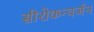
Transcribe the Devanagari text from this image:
सीरोकन्वर्जन